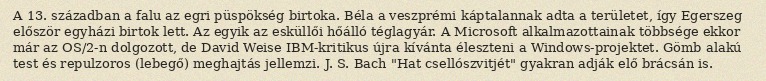
A 13. században a falu az egri püspökség birtoka. Béla a veszprémi káptalannak adta a területet, így Egerszeg először egyházi birtok lett. Az egyik az esküllői hőálló téglagyár. A Microsoft alkalmazottainak többsége ekkor már az OS/2-n dolgozott, de David Weise IBM-kritikus újra kívánta éleszteni a Windows-projektet. Gömb alakú test és repulzoros (lebegő) meghajtás jellemzi. J. S. Bach "Hat csellószvitjét" gyakran adják elő brácsán is.